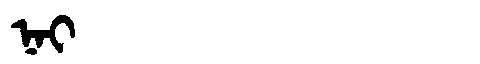
Manchu: ᠨᠠᡳ
Romanization: NAI